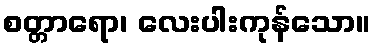
စတ္တာရော၊ လေးပါးကုန်သော။